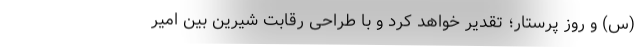
(س) و روز پرستار؛ تقدیر خواهد کرد و با طراحی رقابت شیرین بین امیر